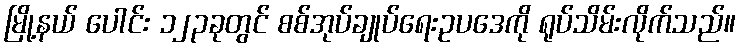
မြို့နယ် ပေါင်း ၁၂၃ခုတွင် စစ်အုပ်ချုပ်ရေးဥပဒေကို ရုပ်သိမ်းလိုက်သည်။